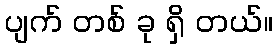
ပျက် တစ် ခု ရှိ တယ်။